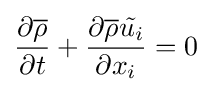
{\frac {\partial {\overline {\rho }}}{\partial t}}+{\frac {\partial {\overline {\rho }}{\tilde {u_{i}}}}{\partial x_{i}}}=0